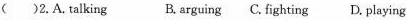
( )2.A. talking B. arguing C. fighting D. playing